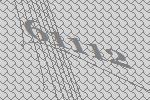
61112